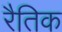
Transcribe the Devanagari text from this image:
रैतिक